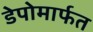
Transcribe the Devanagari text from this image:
डेपोमार्फत